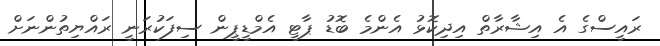
ރައީސްގެ އެ އިޝާރާތް އިދިކޮޅު އެންމެ ބޮޑު ޕާޓީ އެމްޑީޕީން ސިފަކުރަނީ ރައްޔިތުންނަށް